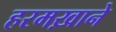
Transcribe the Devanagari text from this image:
हरमख़ाने